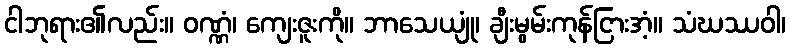
ငါဘုရား၏လည်း။ ဝဏ္ဏံ၊ ကျေးဇူးကို။ ဘာသေယျုံ၊ ချီးမွမ်းကုန်ငြားအံ့။ သံဃဿဝါ၊